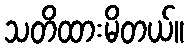
သတိထားမိတယ်။